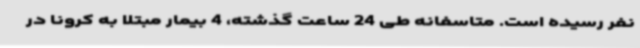
نفر رسیده است. متاسفانه طی 24 ساعت گذشته، 4 بیمار مبتلا به کرونا در